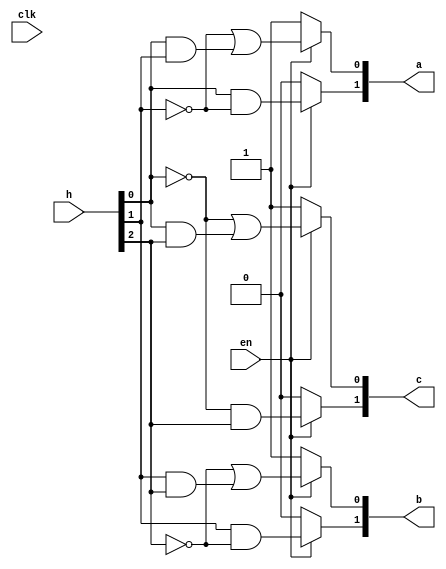
`timescale 1ns / 1ps
`timescale 1ns / 1ps


module dribbler1(a,b,c,h,en,clk);

input clk;
input en;
input [2:0]h;
//input pwm;
reg d;
output [1:0]a;
output [1:0]b;
output [1:0]c;

reg [1:0]k;
reg [1:0]l;
reg [1:0]m;

wire e=h[0];
wire f=h[1];
wire g=h[2];

always@(h or clk) begin
d=0;
if(en) begin


k[0]=((~d&~f)|(e&f)|(d&~e));
k[1]=((~d&e&~f)|(d&~e&f));
l[0]=((~d&~g)|(f&g)|(d&~f));
l[1]=((~d&f&~g)|(d&~f&g));
m[0]=((~d&~e)|(e&g)|(d&~g));
m[1]=((~d&~e&g)|(d&e&~g));

end
else begin
k=2'b01;
l=2'b01;
m=2'b01;
end
end
assign a=k;
assign b=l;
assign c=m;
endmodule